Report of the Bombay Plague Committee
Disease focus: Plague
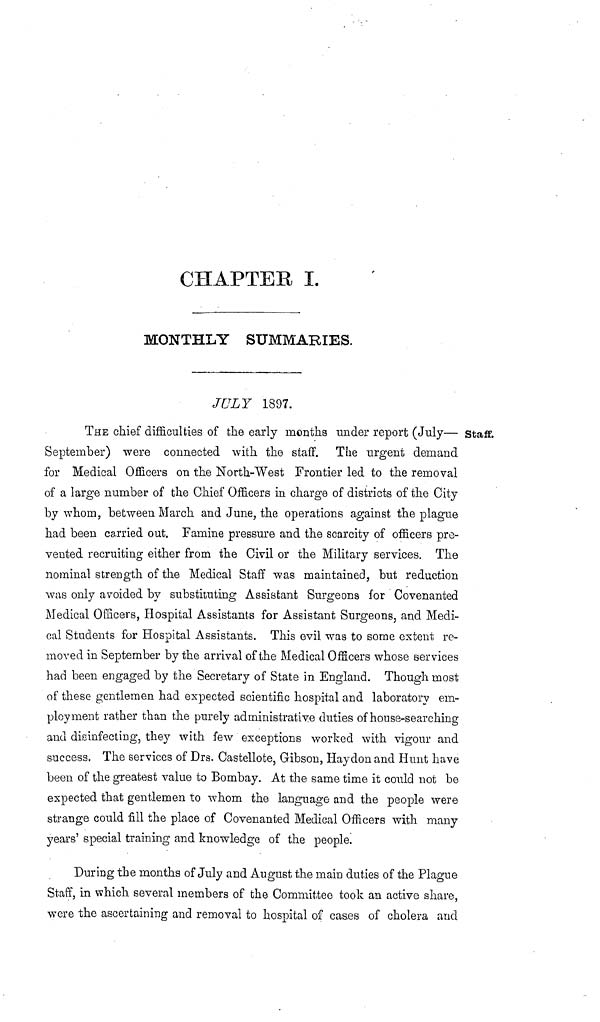
CHAPTER I.
MONTHLY SUMMARIES.
Staff.
JULY 1897.
THE chief difficulties of the early months under report (July—
September) were connected with the staff. The urgent demand
for Medical Officers on the North-West Frontier led to the removal
of a large number of the Chief Officers in charge of districts of the City
by whom, between March and June, the operations against the plague
had been carried out. Famine pressure and the scarcity of officers pre-
vented recruiting either from the Civil or the Military services. The
nominal strength of the Medical Staff was maintained, but reduction
was only avoided by substituting Assistant Surgeons for Covenanted
Medical Officers, Hospital Assistants for Assistant Surgeons, and Medi-
cal Students for Hospital Assistants. This evil was to some extent re-
moved in September by the arrival of the Medical Officers whose services
had been engaged by the Secretary of State in England. Though most
of these gentlemen had expected scientific hospital and laboratory em-
ployment rather than the purely administrative duties of house-searching
and disinfecting, they with few exceptions worked with vigour and
success. The services of Drs. Castellote, Gibson, Haydon and Hunt have
been of the greatest value to Bombay. At the same time it could not be
expected that gentlemen to whom the language and the people were
strange could fill the place of Covenanted Medical Officers with many
years' special training and knowledge of the people.
During the months of July and August the main duties of the Plague
Staff, in which several members of the Committee took an active share,
were the ascertaining and removal to hospital of cases of cholera and